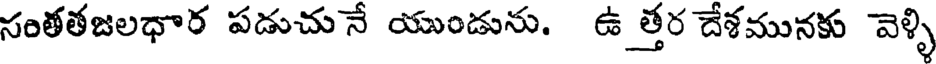
సంతతజలధార పడుచు నే యుండును. ఉ త్తర దేశమునకు వెళ్ళి